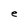
Character: e